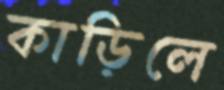
কাড়িলে